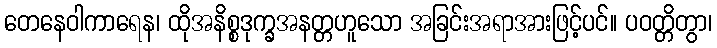
တေနေဝါကာရေန၊ ထိုအနိစ္စဒုက္ခအနတ္တဟူသော အခြင်းအရာအားဖြင့်ပင်။ ပဝတ္တိတွာ၊